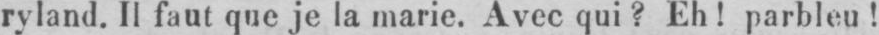
ryland. Il faut que je la marie. Avec qui? Eh! parbleu!